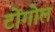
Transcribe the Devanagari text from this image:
टोंगोल